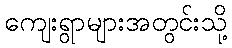
ကျေးရွာများအတွင်းသို့